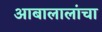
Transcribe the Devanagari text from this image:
आबालालांचा